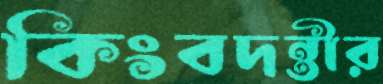
কিংবদন্তীর